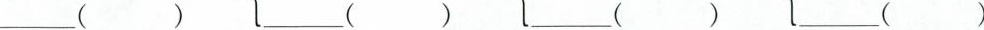
___() ___() ___() ___()